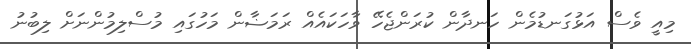
މިއީ ވެސް އަޅުގަނޑުމެން ހަނދާން ކުރަންޖެހޭ ވާހަކައެއް ރަމަޟާން މަހުގައި މުސްލިމުންނަށް ލިބުނު